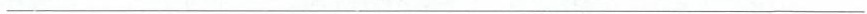
___